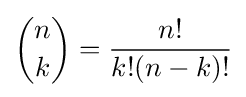
{n \choose k}={n! \over k!(n-k)!}